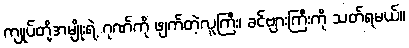
ကျုပ်တို့အမျိုးရဲ့ ဂုဏ်ကို ဖျက်တဲ့လူကြီး၊ ခင်ဗျားကြီးကို သတ်ရမယ်။